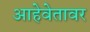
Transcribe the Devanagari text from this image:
आहेवेतावर